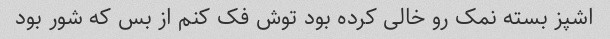
اشپز بسته نمک رو خالی کرده بود توش فک کنم از بس که شور بود